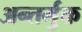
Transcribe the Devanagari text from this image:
अन्तर्मुक्त